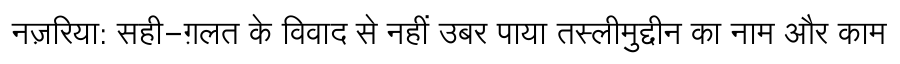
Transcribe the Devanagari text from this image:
नज़रिया: सही-ग़लत के विवाद से नहीं उबर पाया तस्लीमुद्दीन का नाम और काम